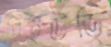
পিইউডি